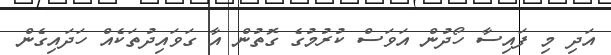
އަދި މި ފައިސާ ހޯދުން އަވަސް ކުރުމުގެ ގޮތުން އާ ގަވައިދުތަކެއް ހަދައިގެން